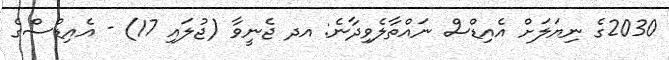
2030ގެ ނިޔަލަށް އެއިޑްސް ނައްތާލެވިދާނެ: އދ ޖެނީވާ (ޖުލައި 17) - އެއިޑްސްގެ